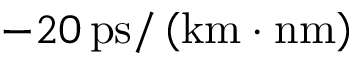
- 2 0 \, \mathrm { p s } / \left( \mathrm { k m } \cdot \mathrm { n m } \right)